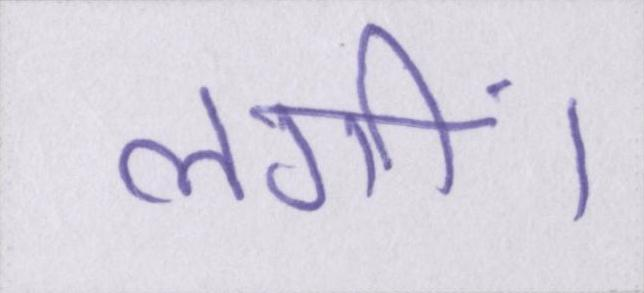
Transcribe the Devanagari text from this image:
लगीं।